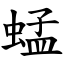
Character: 蜢